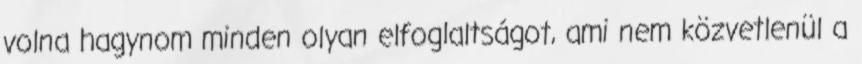
volna hagynom minden olyan elfoglaltságot, ami nem közvetlenül a